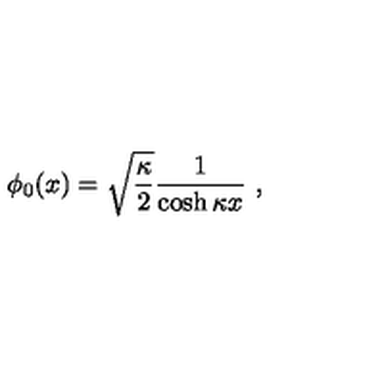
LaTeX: \phi _ { 0 } ( x ) = \sqrt { \frac { \kappa } { 2 } } \frac { 1 } { \cosh \kappa x } \ ,